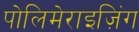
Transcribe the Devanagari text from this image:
पोलिमेराइज़िंग